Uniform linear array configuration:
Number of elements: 16
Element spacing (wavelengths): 1
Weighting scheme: binomial
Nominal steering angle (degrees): -15
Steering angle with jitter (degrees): -14.571
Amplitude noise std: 0.05
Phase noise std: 0.05

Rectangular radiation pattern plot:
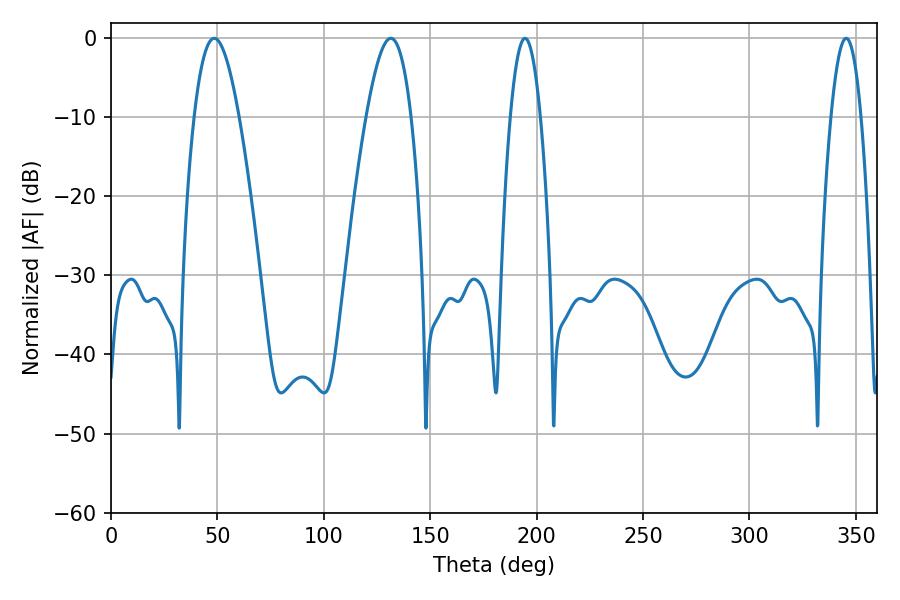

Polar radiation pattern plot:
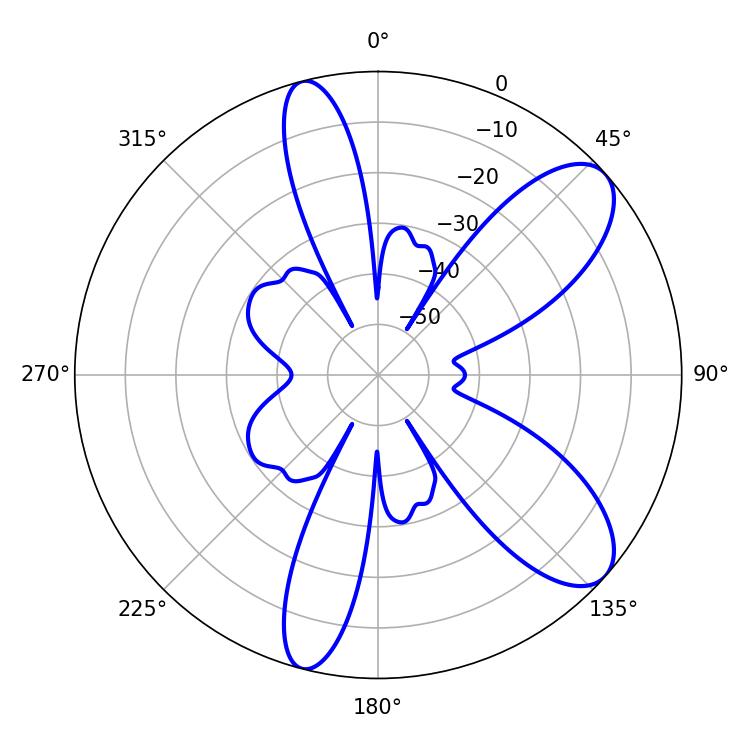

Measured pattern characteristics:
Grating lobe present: TRUE
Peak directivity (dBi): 8.993
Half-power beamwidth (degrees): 7.56
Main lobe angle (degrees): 194.58